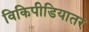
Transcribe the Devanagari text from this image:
विकिपीडियातर